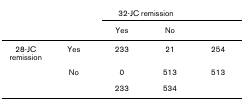
<table><thead><tr><td></td><td></td><td colspan="2"><b>32-JC remission</b></td><td></td></tr><tr><td></td><td></td><td><b>Yes</b></td><td><b>No</b></td><td></td></tr></thead><tbody><tr><td>28-JC remission</td><td>Yes</td><td>233</td><td>21</td><td>254</td></tr><tr><td></td><td>No</td><td>0</td><td>513</td><td>513</td></tr><tr><td></td><td></td><td>233</td><td>534</td><td></td></tr></tbody></table>